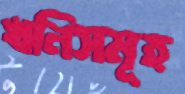
খনিসমূহ